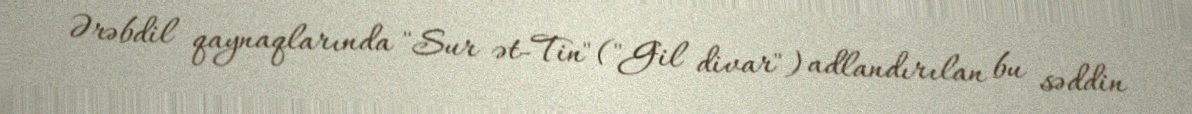
Ərəbdil qaynaqlarında "Sur ət-Tin" ("Gil divar") adlandırılan bu səddin